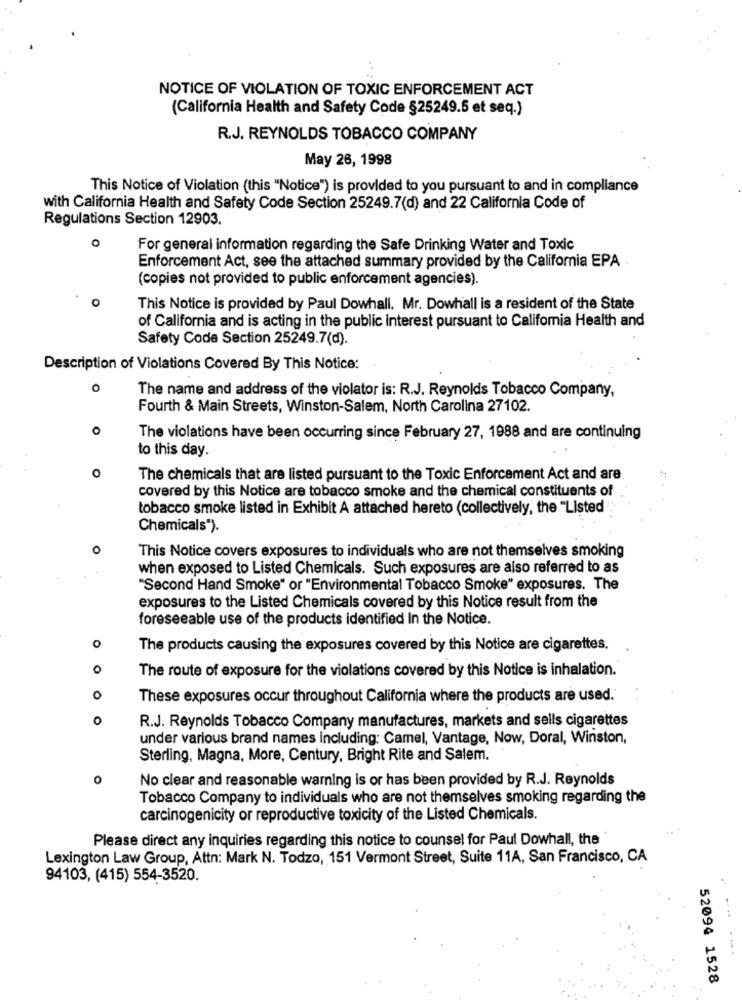
NOTICE OF VIOLATION OF TOXIC ENFORCEMENT ACT
(California Health and Safety Code §25249.5 et seq.)
R.J. REYNOLDS TOBACCO COMPANY
May 26, 1998
This Notice of Violation (this "Notice") is provided to you pursuant to and in compliance
with California Health and Safety Code Section 25249.7(d) and 22 California Code of
Regulations Section 12903.
O
For general information regarding the Safe Drinking Water and Toxic
Enforcement Act, see the attached summary provided by the California EPA
(copies not provided to public enforcement agencies).
This Notice is provided by Paul Dowhall. Mr. Dowhall is a resident of the State
of California and is acting in the public interest pursuant to Califomia Health and
Safety Code Section 25249.7(d).
Description of Violations Covered By This Notice:
The name and address of the violator is: R.J. Reynolds Tobacco Company,
Fourth & Main Streets, Winston-Salem, North Carolina 27102.
The violations have been occurring since February 27, 1988 and are continuing
to this day.
The chemicals that are listed pursuant to the Toxic Enforcement Act and are
covered by this Notice are tobacco smoke and the chemical constituents of
tobacco smoke listed in Exhibit A attached hereto (collectively, the "Listed :
Chemicals*).
O
This Notice covers exposures to individuals who are not themselves smoking
when exposed to Listed Chemicals. Such exposures are also referred to as
"Second Hand Smoke" or "Environmental Tobacco Smoke" exposures. The
exposures to the Listed Chemicals covered by this Notice result from the
foreseeable use of the products identified In the Notice.
o
The products causing the exposures covered by this Notice are cigarettes.
0
The route of exposure for the violations covered by this Notice is inhalation.
0
These exposures occur throughout California where the products are used.
0
R.J. Reynolds Tobacco Company manufactures, markets and sells cigarettes
under various brand names including: Camel, Vantage, Now, Doral, Winston,
Sterling, Magna, More, Century, Bright Rite and Salem.
0
No clear and reasonable warning is or has been provided by R.J. Reynolds
Tobacco Company to individuals who are not themselves smoking regarding the
carcinogenicity or reproductive toxicity of the Listed Chemicals.
Please direct any inquiries regarding this notice to counsel for Paul Dowhall, the
Lexington Law Group, Attn: Mark N. Todzo, 151 Vermont Street, Suite 11A, San Francisco, CA
94103, (415) 554-3520.
....
52094 1528